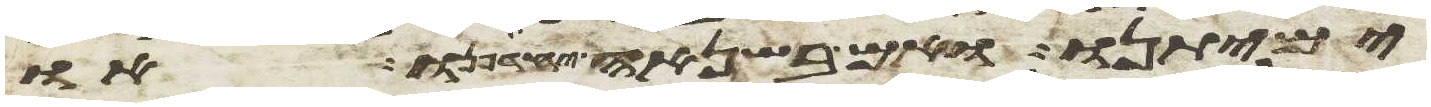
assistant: ימיתנו ואם בשנאה יחדיפנו או